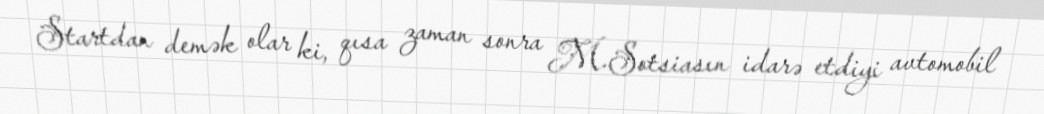
Startdan demək olar ki, qısa zaman sonra M.Sotsiasın idarə etdiyi avtomobil